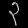
Digit: ၃